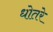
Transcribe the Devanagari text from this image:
धोतरे